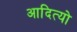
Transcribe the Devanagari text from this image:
आदित्यो